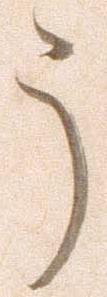
了